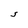
Character: S